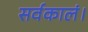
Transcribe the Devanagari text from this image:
सर्वकालं।